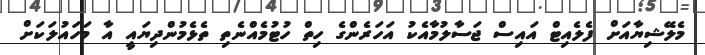
މެލޭޝިޔާއަށް ފެލެއިޓް އައިސް ޖަސާލުމާއެކު އަހަރެންގެ ހިތް ހުޓުމެއްނެތި ތެޅެމުންދިޔައީ އާ މަހައުލަކަށް